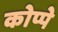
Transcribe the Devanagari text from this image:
कोप्पे